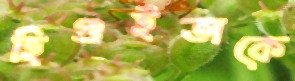
হিগুইতাকে